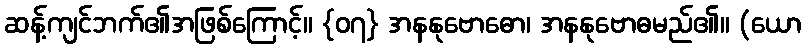
ဆန့်ကျင်ဘက်၏အဖြစ်ကြောင့်။ {၀၇} အနနုဗောဓော၊ အနနုဗောဓမည်၏။ (ယော